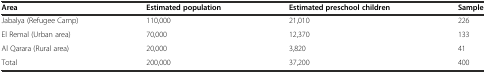
<table><thead><tr><td><b>Area</b></td><td><b>Estimated population</b></td><td><b>Estimated preschool children</b></td><td><b>Sample</b></td></tr></thead><tbody><tr><td>Jabalya (Refugee Camp)</td><td>110,000</td><td>21,010</td><td>226</td></tr><tr><td>El Remal (Urban area)</td><td>70,000</td><td>12,370</td><td>133</td></tr><tr><td>Al Qarara (Rural area)</td><td>20,000</td><td>3,820</td><td>41</td></tr><tr><td>Total</td><td>200,000</td><td>37,200</td><td>400</td></tr></tbody></table>